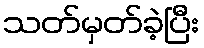
သတ်မှတ်ခဲ့ပြီး